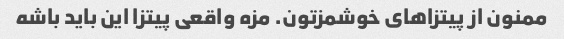
ممنون از پیتزاهای خوشمزتون. مزه واقعی پیتزا این باید باشه